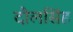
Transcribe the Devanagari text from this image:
दौलसिंह